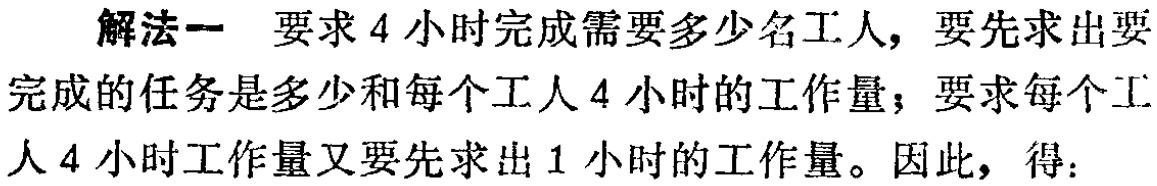
解法一 要求4小时完成需要多少名工人，要先求出要完成的任务是多少和每个工人4小时的工作量；要求每个工人4小时工作量又要先求出1小时的工作量。因此，得：